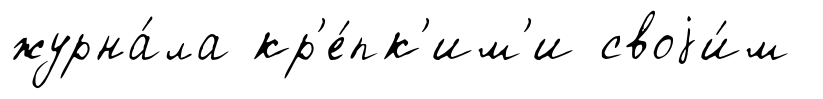
журна́ла кр'е́пк'им'и своjи́м